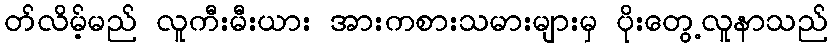
တ်လိမ့်မည် လူကီးမီးယား အားကစားသမားများမှ ပိုးတွေ့လူနာသည်